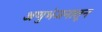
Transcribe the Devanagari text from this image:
अणुभंजनातून